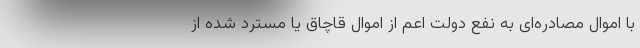
با اموال مصادره‌ای به نفع دولت اعم از اموال قاچاق یا مسترد شده از